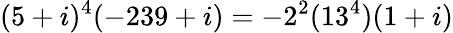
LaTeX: (5+i)^{4}(-239+i)=-2^{2}(13^{4})(1+i)